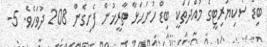
ބިޑް ސެކިޔުރިޓީގެ މުއްދަތަކީ ބިޑް ހުށަހަޅާ ތާރީޚުން ފެށިގެން 208 ދުވަހެވެ. 5-